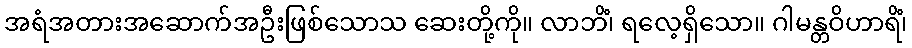
အရံအတားအဆောက်အဦးဖြစ်သောသ ဆေးတို့ကို။ လာဘိံ၊ ရလေ့ရှိသော။ ဂါမန္တဝိဟာရိံ၊